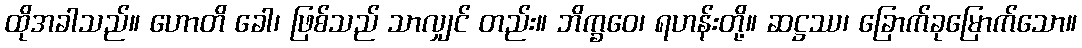
ထိုအခါသည်။ ဟောတိ ခေါ၊ ဖြစ်သည် သာလျှင် တည်း။ ဘိက္ခဝေ၊ ရဟန်းတို့။ ဆဋ္ဌဿ၊ ခြောက်ခုမြောက်သော။